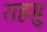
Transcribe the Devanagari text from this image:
राहसु